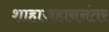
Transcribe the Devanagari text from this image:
शाहाजहाननंतर